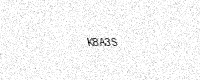
Text: K8A3S